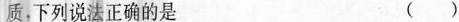
质，下列说法正确的是 ( )